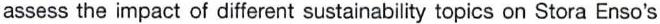
assess the impact of different sustainability topics on Stora Enso's